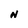
Character: N